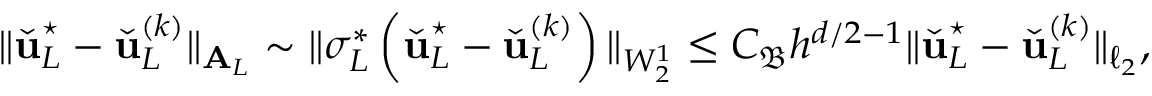
\| \check { \boldsymbol { \mathbf { u } } } _ { L } ^ { \star } - \check { \boldsymbol { \mathbf { u } } } _ { L } ^ { ( k ) } \| _ { \boldsymbol { \mathbf { A } } _ { L } } \sim \| \sigma _ { L } ^ { * } \left( \check { \boldsymbol { \mathbf { u } } } _ { L } ^ { \star } - \check { \boldsymbol { \mathbf { u } } } _ { L } ^ { ( k ) } \right) \| _ { W _ { 2 } ^ { 1 } } \le C _ { \mathfrak { B } } h ^ { d / 2 - 1 } \| \check { \boldsymbol { \mathbf { u } } } _ { L } ^ { \star } - \check { \boldsymbol { \mathbf { u } } } _ { L } ^ { ( k ) } \| _ { \ell _ { 2 } } ,